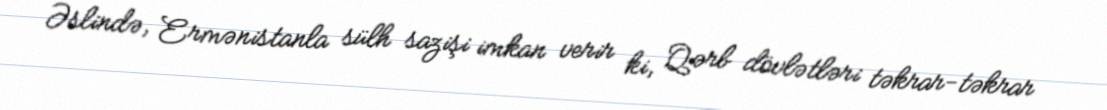
Əslində, Ermənistanla sülh sazişi imkan verir ki, Qərb dövlətləri təkrar-təkrar